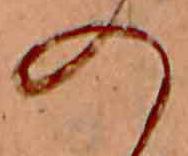
の